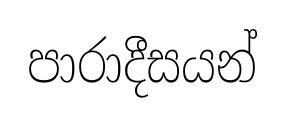
පාරාදීසයන්